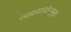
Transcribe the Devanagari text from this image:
व्यवसायोन्मुख